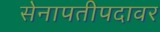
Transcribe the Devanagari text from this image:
सेनापतीपदावर